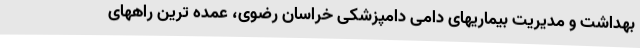
بهداشت و مدیریت بیماریهای دامی دامپزشکی خراسان رضوی، عمده ترین راههای